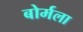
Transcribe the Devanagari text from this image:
बोर्मला